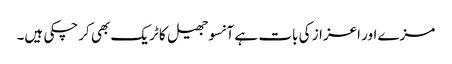
مزے اور اعزاز کی بات ہے آنسوجھیل کا ٹریک بھی کرچکی ہیں۔